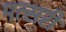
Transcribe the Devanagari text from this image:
मत्सरी